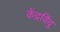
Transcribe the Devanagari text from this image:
केंद्रविंदु